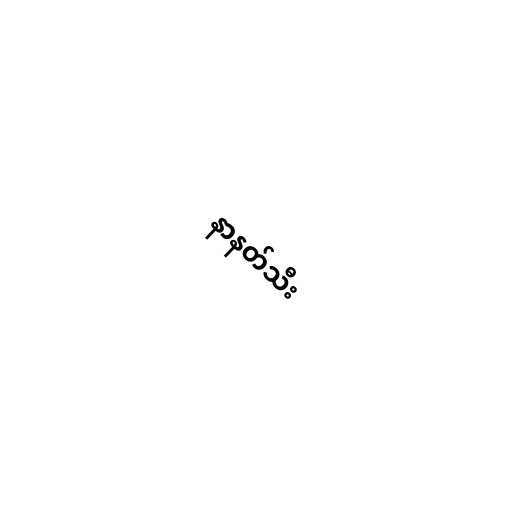
နာနတ်သီး